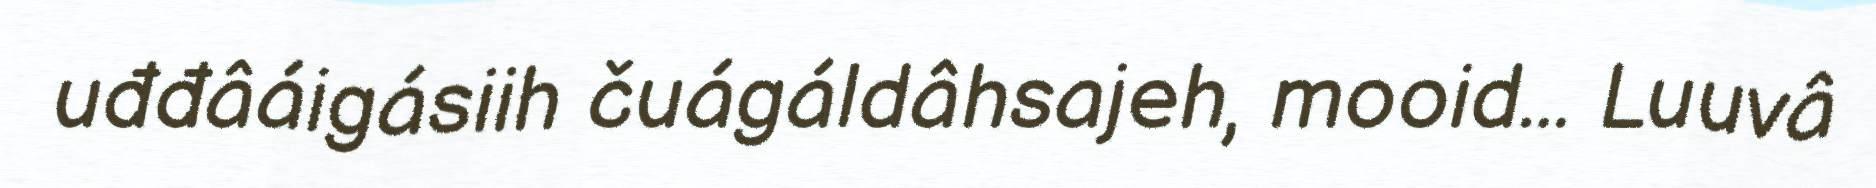
uđđâáigásiih čuágáldâhsajeh, mooid... Luuvâ